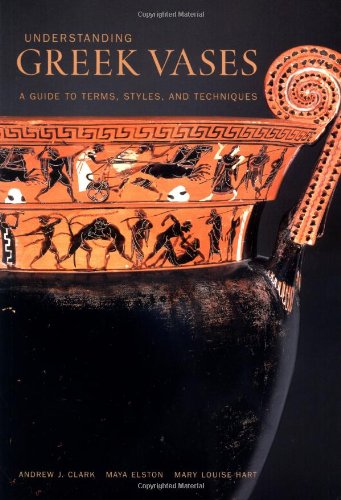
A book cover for Understanding Greek Vases: A Guide to Terms, Styles, and Techniques (Looking at Series); Andrew J. Clark; Arts & Photography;